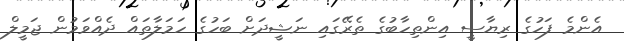
އެންމެ ފަހުގެ ރިޔާސީ އިންތިހާބުގެ ތެރޭގައި ނަޝީދަށް ބަހުގެ ހަމަލާތައް ދެއްވަމުން ޖަމީލް